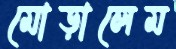
মোড়ালেম